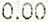
0.00